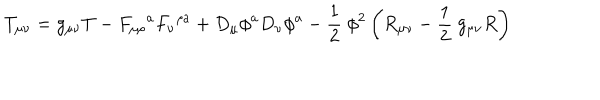
T _ { \mu \nu } = g _ { \mu \nu } T - F _ { \mu \rho } \mathrm { } ^ { a } F _ { \nu } \mathrm { } ^ { \rho a } + D _ { \mu } \phi ^ { a } D _ { \nu } \phi ^ { a } - \frac { 1 } { 2 } \ \phi ^ { 2 } \left( R _ { \mu \nu } - \frac { 1 } { 2 } \ g _ { \mu \nu } R \right)